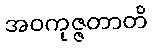
အဝကုဇ္ဇတာတိ